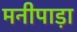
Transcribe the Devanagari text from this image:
मनीपाड़ा